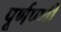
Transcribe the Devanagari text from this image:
पूर्णपणी